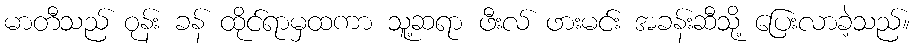
မာတီသည် ဝုန်း ခန် ထိုင်ရာမှထကာ သူ့ဆရာ ဖီးလ် ဖားမင်း အခန်းဆီသို့ ပြေးလာခဲ့သည်။